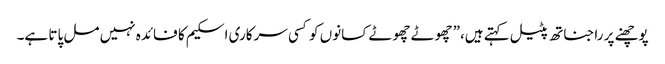
پوچھنے پر راجناتھ پٹیل کہتے ہیں،”چھوٹے چھوٹے کسانوں کو کسی سرکاری اسکیم کا فائدہ نہیں مل پاتا ہے۔